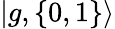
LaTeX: |{g,\{ 0,1\} }\rangle